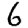
Digit: 6